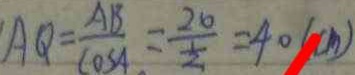
A Q = \frac { A B } { \cos A } = \frac { 2 0 } { \frac { 1 } { 2 } } = 4 0 ( c m )